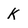
Character: k